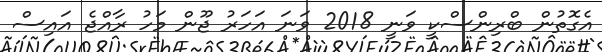
އެގޮތުން ބްރިންސްކީ ވަނީ 2018 ވަނަ އަހަރު ޖޫން މަހު ރާއްޖެ އައިސް